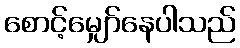
စောင့်မျှော်နေပါသည်